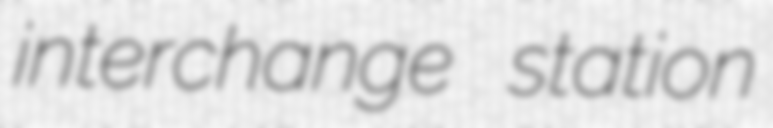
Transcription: interchange station